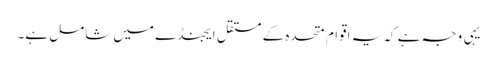
یہی وجہ ہے کہ یہ اقوام متحدہ کے مستقل ایجنڈے میں شامل ہے۔